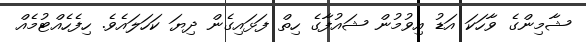
ޝާމިންގެ ވާހަކަ އަޑު އިވުމުން ޝައުފާގެ ހިތް ފަޅައިގެން ދިޔަ ކަހަލައެވެ. ހިފެހެއްޓުމެއް